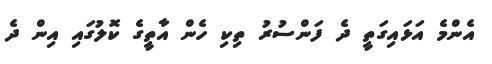
އެންމެ އަޅައިގަތީ ދެ ފަންސުރު ތިކި ހެން އާތީގެ ކޮލުގައި އިން ދެ